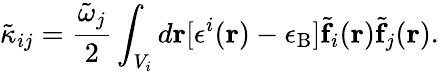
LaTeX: \tilde{\kappa}_{ij}=\frac{\tilde{\omega}_{j}}{2}\int_{V_{i}}d{\mathbf r}[\epsilon^{i}({\mathbf r})-\epsilon_{\mathrm{B}}]\tilde{\mathbf f}_{i}({\mathbf r})\tilde{\mathbf f}_{j}({\mathbf r}).